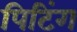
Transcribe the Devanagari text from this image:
पिटिंग